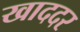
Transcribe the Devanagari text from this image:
खाददर